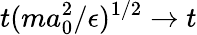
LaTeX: t(ma_{0}^{2}/\epsilon)^{1/2}\rightarrow t